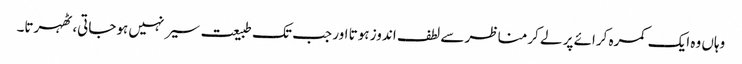
وہاں وہ ایک کمرہ کرائے پر لے کرمناظر سے لطف اندوز ہوتا اور جب تک طبیعت سیر نہیں ہوجاتی، ٹھہرتا۔